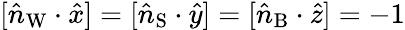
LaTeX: [\hat{n}_{\mathrm{W}}\cdot\hat{x}]=[\hat{n}_{\mathrm{S}}\cdot\hat{y}]=[\hat{n}_{\mathrm{B}}\cdot\hat{z}]=-1